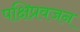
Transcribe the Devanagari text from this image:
पक्षिप्रवजन